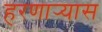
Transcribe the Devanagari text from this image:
हरणार्‍यास